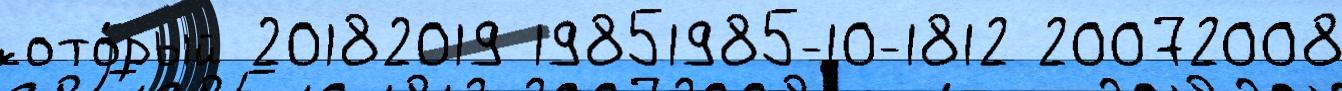
кото́рый 20182019 19851985-10-1812 20072008